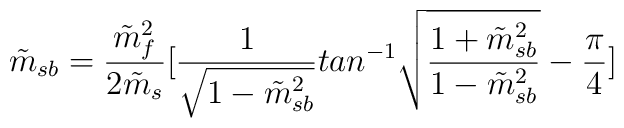
\tilde{m}_{sb}={\frac {{\tilde{m}_f}^2}{2\tilde{m}_s}}[{\frac {1}{\sqrt{1-\tilde{m}_{sb}^2}}}tan^{-1}\sqrt{{\frac {1+\tilde{m}_{sb}^2}{1-\tilde{m}_{sb}^2}}}-{\frac {\pi}{4}}]